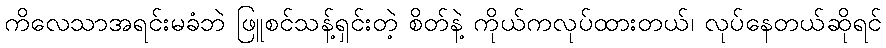
ကိလေသာအရင်းမခံဘဲ ဖြူစင်သန့်ရှင်းတဲ့ စိတ်နဲ့ ကိုယ်ကလုပ်ထားတယ်၊ လုပ်နေတယ်ဆိုရင်